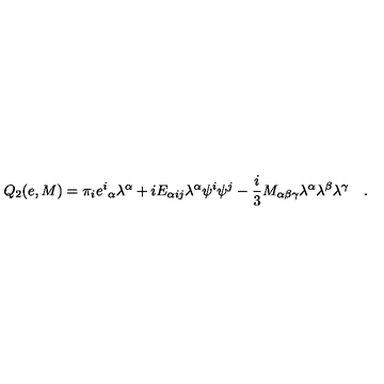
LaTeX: Q _ { 2 } ( e , M ) = \pi _ { i } { e ^ { i } } _ { \alpha } \lambda ^ { \alpha } + i E _ { \alpha i j } \lambda ^ { \alpha } \psi ^ { i } \psi ^ { j } - \frac { i } { 3 } M _ { \alpha \beta \gamma } \lambda ^ { \alpha } \lambda ^ { \beta } \lambda ^ { \gamma } \quad .